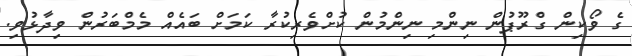
ގެ ވޯކިން ގްރޫޕުން ނިންމި ނިންމުން ކުށްވެރިކުރާ ކަމަށް ބައެއް މެމްބަރުން ވިދާޅުވި.